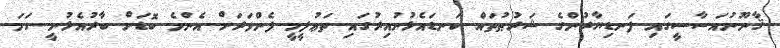
ޤާނޫނުއަސާސީގައި ފަނޑިޔާރުންގެ ޝަރުޠުތައް ކަނޑައެޅުނުއިރުގައި ތަޢުލީމީ ފެންވަރަށް އެންމެ ބޮޑަށް ބާރުއެޅުނީ ހަމަ